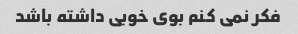
فکر نمی کنم بوی خوبی داشته باشد